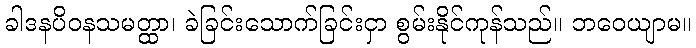
ခါဒနပိဝနသမတ္ထာ၊ ခဲခြင်းသောက်ခြင်းငှာ စွမ်းနိုင်ကုန်သည်။ ဘဝေယျာမ။